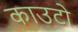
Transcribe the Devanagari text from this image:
काउटो